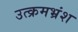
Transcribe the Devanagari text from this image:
उत्क्रमभ्रंश